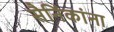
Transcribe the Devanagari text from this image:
सैनिंकांना